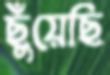
ছুঁয়েছি